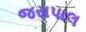
જસપાલ